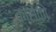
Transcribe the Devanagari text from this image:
कांसेको